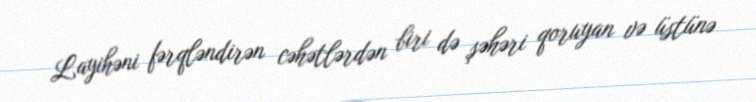
Layihəni fərqləndirən cəhətlərdən biri də şəhəri qoruyan və üstünə